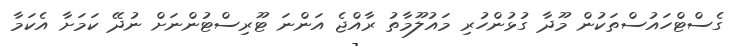
ގެސްޓްހައުސްތަކުން މޫދާ ގުޅުންހުރި މައުލޫމާތު ރާއްޖެ އަންނަ ޓޫރިސްޓުންނަށް ނުދޭ ކަމަށާ އެކަމާ